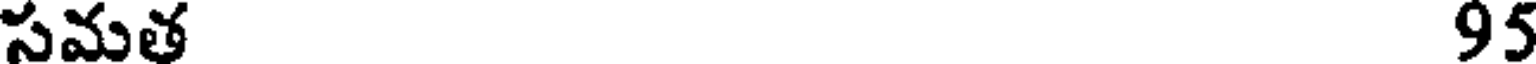
సమత 95